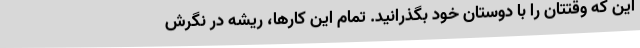
این که وقتتان را با دوستان خود بگذرانید. تمام این کارها، ریشه در نگرش